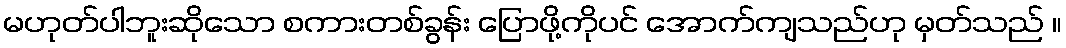
မဟုတ်ပါဘူးဆိုသော စကားတစ်ခွန်း ပြောဖို့ကိုပင် အောက်ကျသည်ဟု မှတ်သည် ။